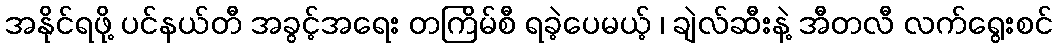
အနိုင်ရဖို့ ပင်နယ်တီ အခွင့်အရေး တကြိမ်စီ ရခဲ့ပေမယ့် ၊ ချဲလ်ဆီးနဲ့ အီတလီ လက်ရွေးစင်